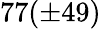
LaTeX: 77(\pm 49)